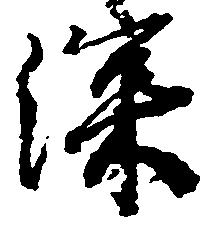
深